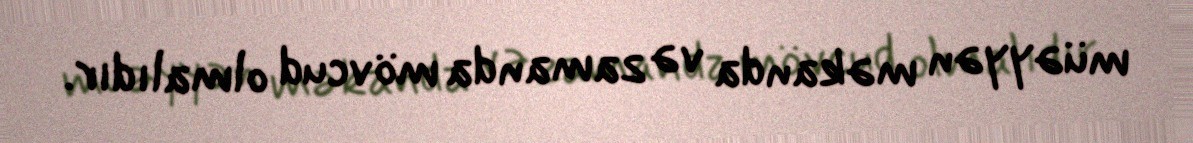
müəyyən məkanda və zamanda mövcud olmalıdır.